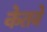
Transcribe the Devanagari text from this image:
केतवे